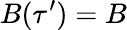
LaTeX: B(\tau^{\prime})=B